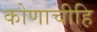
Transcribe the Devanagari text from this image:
कोणाचीहि